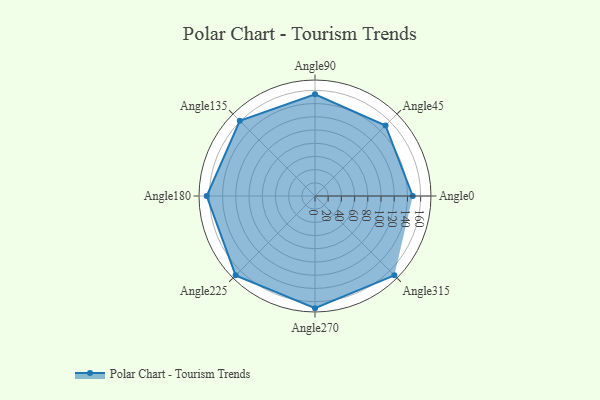
{"axis": {"x": "Angle", "y": "Radius"}, "legend": [""], "data": [{"x": "Angle0", "y": 148.0, "type": ""}, {"x": "Angle45", "y": 151.0, "type": ""}, {"x": "Angle90", "y": 154.0, "type": ""}, {"x": "Angle135", "y": 161.0, "type": ""}, {"x": "Angle180", "y": 164.0, "type": ""}, {"x": "Angle225", "y": 170, "type": ""}, {"x": "Angle270", "y": 170, "type": ""}, {"x": "Angle315", "y": 170, "type": ""}]}